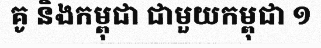
គូ និងកម្ពុជា ជាមួយកម្ពុជា ១